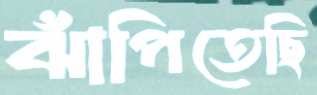
ঝাঁপিতেছি